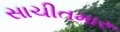
સાચીતમારૂ